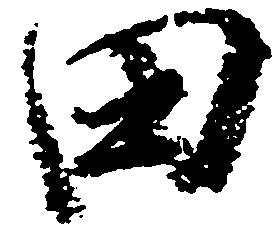
田